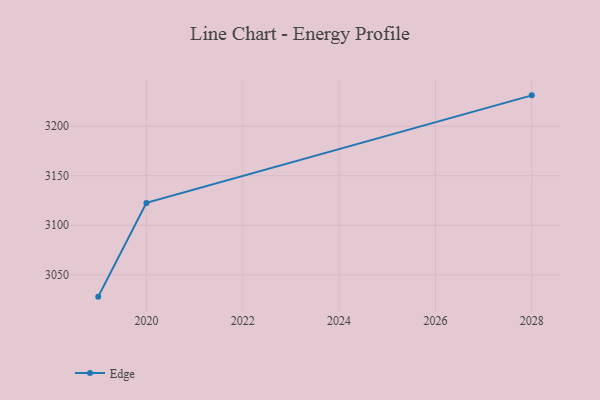
{"axis": {"x": "Year", "y": "Revenue (USD Million)"}, "legend": ["Edge"], "data": [{"x": "2028", "y": 3231.1, "type": "Edge"}, {"x": "2020", "y": 3122.6, "type": "Edge"}, {"x": "2019", "y": 3028.0, "type": "Edge"}]}